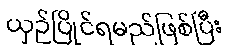
ယှဉ်ပြိုင်ရမည်ဖြစ်ပြီး